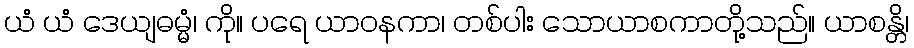
ယံ ယံ ဒေယျဓမ္မံ၊ ကို။ ပရေ ယာဝနကာ၊ တစ်ပါး သောယာစကာတို့သည်။ ယာစန္တိ၊